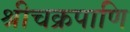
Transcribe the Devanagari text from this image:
श्रीचक्रपाणि